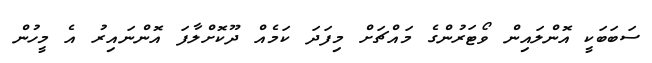
ސަބަބަކީ އޮންލައިން ވޯޓަރުންގެ މައްޗަށް މިފަދަ ކަމެއް ދޫކޮށްލާފަ އޮންނައިރު އެ މީހުން